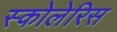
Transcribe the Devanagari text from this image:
स्कोलेरिस